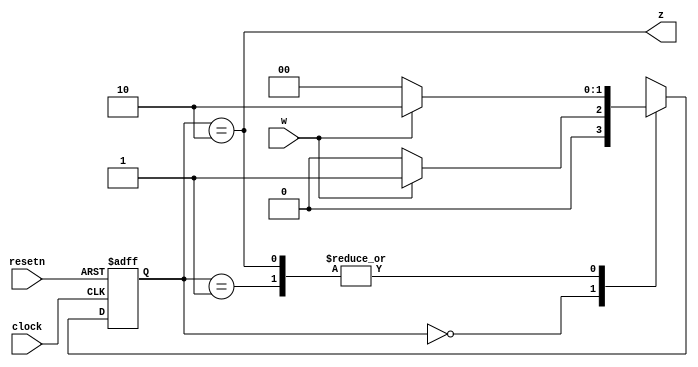
module lab3(clock, resetn, w, z);

input clock, resetn, w;
output z;
reg [1:0] y, Y;
parameter [1:0] A = 2'b00, B= 2'b01, C = 2'b10;

always @(*)
    case (y)
    A: if (w) Y=B;
       else Y=A;
    B: if (w) Y=C;
       else   Y=A;
    C: if (w) Y=C;
       else      Y=A; 
    default: Y=2'bxx;
    endcase

always @(negedge resetn, posedge clock)
if (resetn==0) y<=A;
else y<=Y;

assign z = (y==C);


endmodule